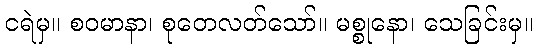
ငရဲမှ။ စဝမာနာ၊ စုတေလတ်သော်။ မစ္စုနော၊ သေခြင်းမှ။